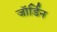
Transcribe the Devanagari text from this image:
जॉर्डिन